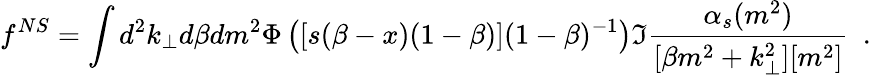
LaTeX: f^{NS}=\int d^{2}k_{\perp}d\beta dm^{2}\Phi\left(\left[s(\beta-x)(1-\beta)\right](1-\beta)^{-1}\right)\Im\frac{\alpha_{s}(m^{2})}{[\beta m^{2}+k_{\perp}^{2}][m^{2}]}~~.